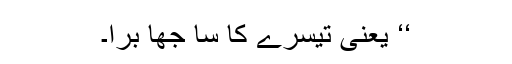
‘‘ یعنی تیسرے کا سا جھا برا۔